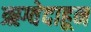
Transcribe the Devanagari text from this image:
ऋग्वेदाहून